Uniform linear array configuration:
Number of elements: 48
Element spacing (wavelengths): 1
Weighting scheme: hann
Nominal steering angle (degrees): -15
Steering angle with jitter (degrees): -13.919
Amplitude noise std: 0.05
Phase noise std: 0.05

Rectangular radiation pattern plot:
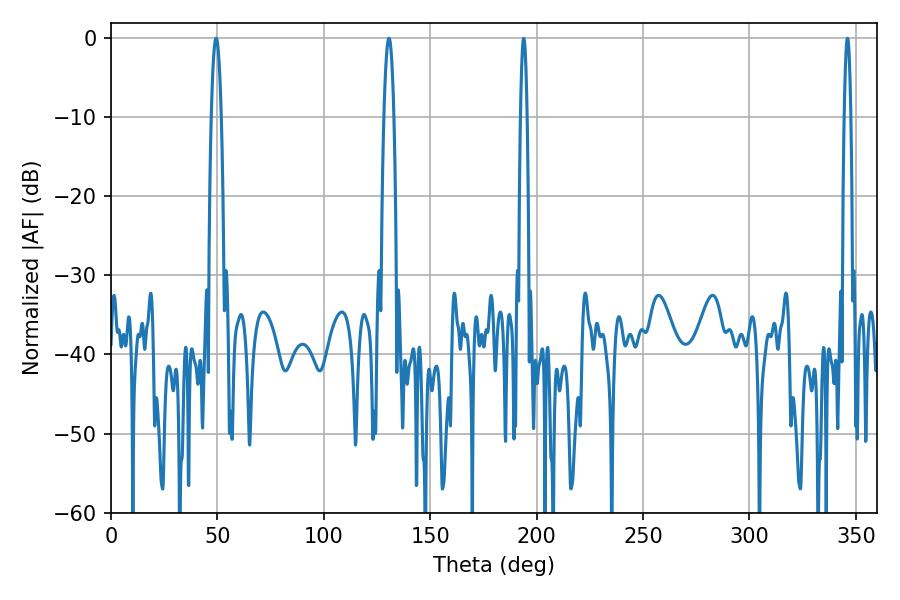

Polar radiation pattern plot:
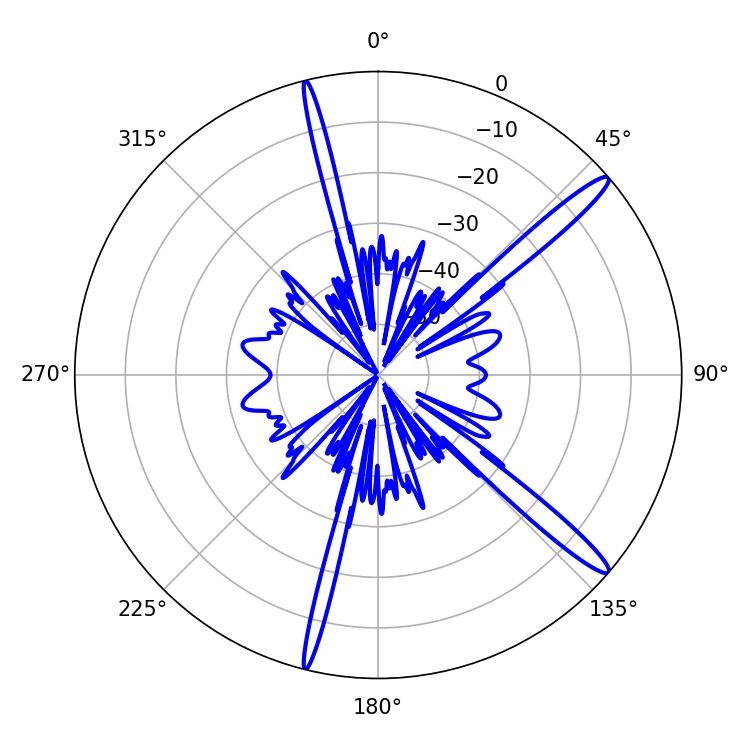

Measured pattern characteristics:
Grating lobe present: TRUE
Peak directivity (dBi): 15.308
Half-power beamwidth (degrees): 2.7
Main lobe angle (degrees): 49.32